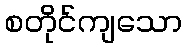
စတိုင်ကျသော